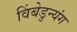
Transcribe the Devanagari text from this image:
विंबेडुन्यंग